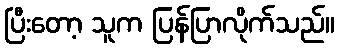
ပြီးတော့ သူက ပြန်ပြာလိုက်သည်။